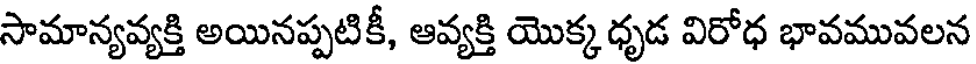
సామాన్యవ్యక్తి అయినప్పటికీ, ఆవ్యక్తి యొక్క ధృడ విరోధ భావమువలన